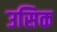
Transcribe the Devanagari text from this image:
उसिक